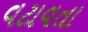
વટાવતા